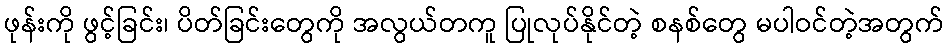
ဖုန်းကို ဖွင့်ခြင်း၊ ပိတ်ခြင်းတွေကို အလွယ်တကူ ပြုလုပ်နိုင်တဲ့ စနစ်တွေ မပါဝင်တဲ့အတွက်